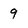
Character: 9